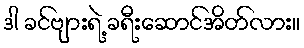
ဒါ ခင်ဗျားရဲ့ ခရီးဆောင်အိတ်လား။